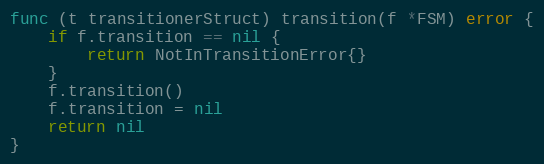
Language: Go
func (t transitionerStruct) transition(f *FSM) error {
	if f.transition == nil {
		return NotInTransitionError{}
	}
	f.transition()
	f.transition = nil
	return nil
}